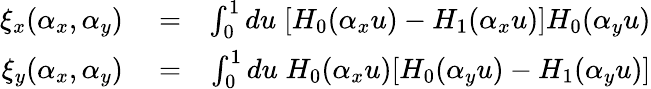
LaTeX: \begin{array}{rlr}{\xi_{x}(\alpha_{x},\alpha_{y})}&{{}=}&{\int_{0}^{1}du\; [H_{0}(\alpha_{x}u)-H_{1}(\alpha_{x}u)]H_{0}(\alpha_{y}u)}\\ {\xi_{y}(\alpha_{x},\alpha_{y})}&{{}=}&{\int_{0}^{1}du\; H_{0}(\alpha_{x}u)[H_{0}(\alpha_{y}u)-H_{1}(\alpha_{y}u)]}\end{array}